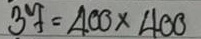
37 = 400x400